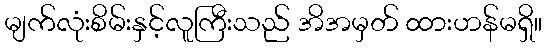
မျက်လုံးစိမ်းနှင့်လူကြီးသည် အိအမှတ် ထားဟန်မရှိ။